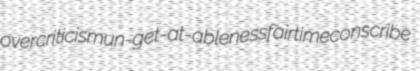
overcriticism un-get-at-ableness fairtime conscribe